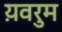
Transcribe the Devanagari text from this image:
य़वरुम